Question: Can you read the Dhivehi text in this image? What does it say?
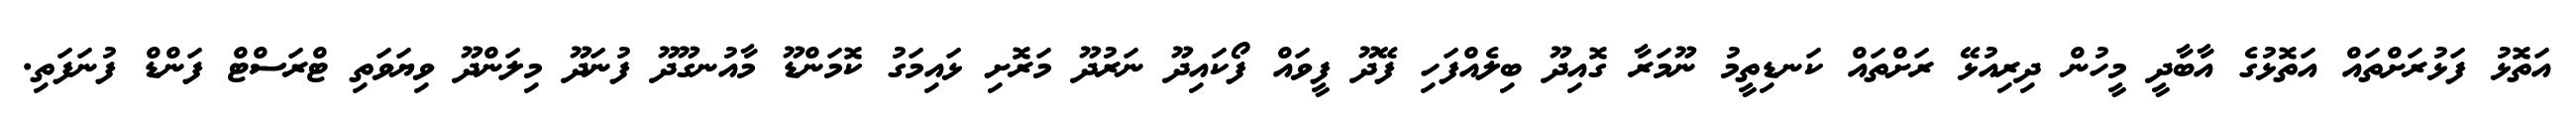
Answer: އަތޮޅު ފަޅުރަށްތައް އަތޮޅުގެ އާބާދީ މީހުން ދިރިއުޅޭ ރަށްތައް ކަނޑިތީމު ނޫމަރާ ގޮއިދޫ ބިލެއްފަހި ފޭދޫ ފީވައް ފޯކައިދޫ ނަރުދޫ މަރޮށި ޅައިމަގު ކޮމަންޑޫ މާއުނގޫދޫ ފުނަދޫ މިލަންދޫ ވިޔަވަތި ޓްރަސްޓް ފަންޑް ފުނަފަތި.